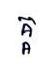
គ្គ